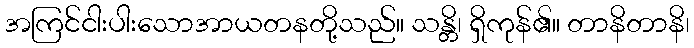
အကြင်ငါးပါးသောအာယတနတို့သည်။ သန္တိ၊ ရှိကုန်၏။ တာနိတာနိ၊